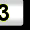
Digit: 3